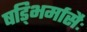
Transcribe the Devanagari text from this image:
षड्भिर्मासैः